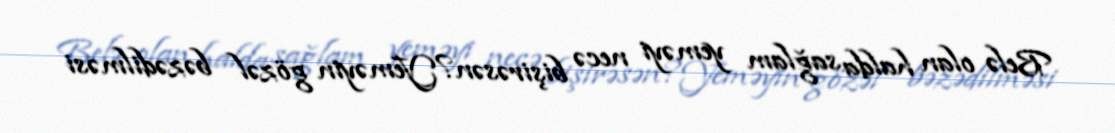
Belə olan halda sağlam yeməyi necə bişirəsən?Yeməyin gözəl bəzədilməsi